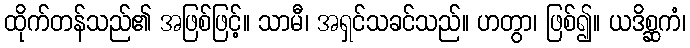
ထိုက်တန်သည်၏ အဖြစ်ဖြင့်။ သာမီ၊ အရှင်သခင်သည်။ ဟတွာ၊ ဖြစ်၍။ ယဒိစ္ဆကံ၊